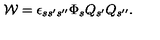
{ \cal W } = \epsilon _ { s s ^ { \prime } s ^ { \prime \prime } } \Phi _ { s } Q _ { s ^ { \prime } } Q _ { s ^ { \prime \prime } } .